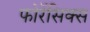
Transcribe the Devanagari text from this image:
फोरेंसिक्स